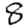
Digit: 8